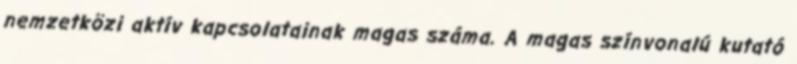
nemzetközi aktív kapcsolatainak magas száma. A magas színvonalú kutató